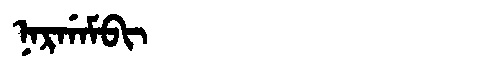
Manchu: ᠨᠠᡵᡤᠠᠮᠪᡳ
Romanization: NARGAMBI